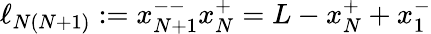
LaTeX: \ell_{N(N+1)}:=x_{N+1}^{--}x_{N}^{+}=L-x_{N}^{+}+x_{1}^{-}